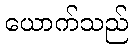
ယောက်သည်